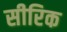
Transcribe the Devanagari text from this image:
सीरिक